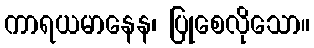
ကာရယမာနေန၊ ပြုစေလိုသော။